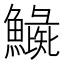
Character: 𩻼